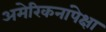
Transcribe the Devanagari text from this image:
अमेरिकनांपेक्षा